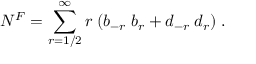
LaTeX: N ^ { F } = \sum _ { r = 1 / 2 } ^ { \infty } r \; ( b _ { - r } \; b _ { r } + d _ { - r } \; d _ { r } ) \; .